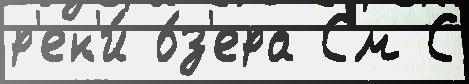
р'ек'и́ о́з'ера См С